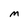
Character: M